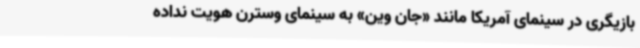
بازیگری در سینمای آمریکا مانند «جان وین» به سینمای وسترن هویت نداده